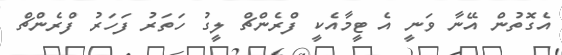
އެގޮތުން އޭނާ ވަނީ އެ ޓީމާއެކީ ފްރެންޗް ލީގު ހަތަރު ފަހަރު ފްރެންޗް